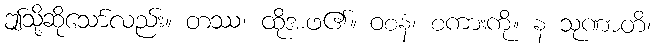
ဤသို့ဆိုသော်လည်း။ တဿ၊ ထိုအဖ၏။ ဝစနံ၊ စကားကို။ န သုဏာတိ၊